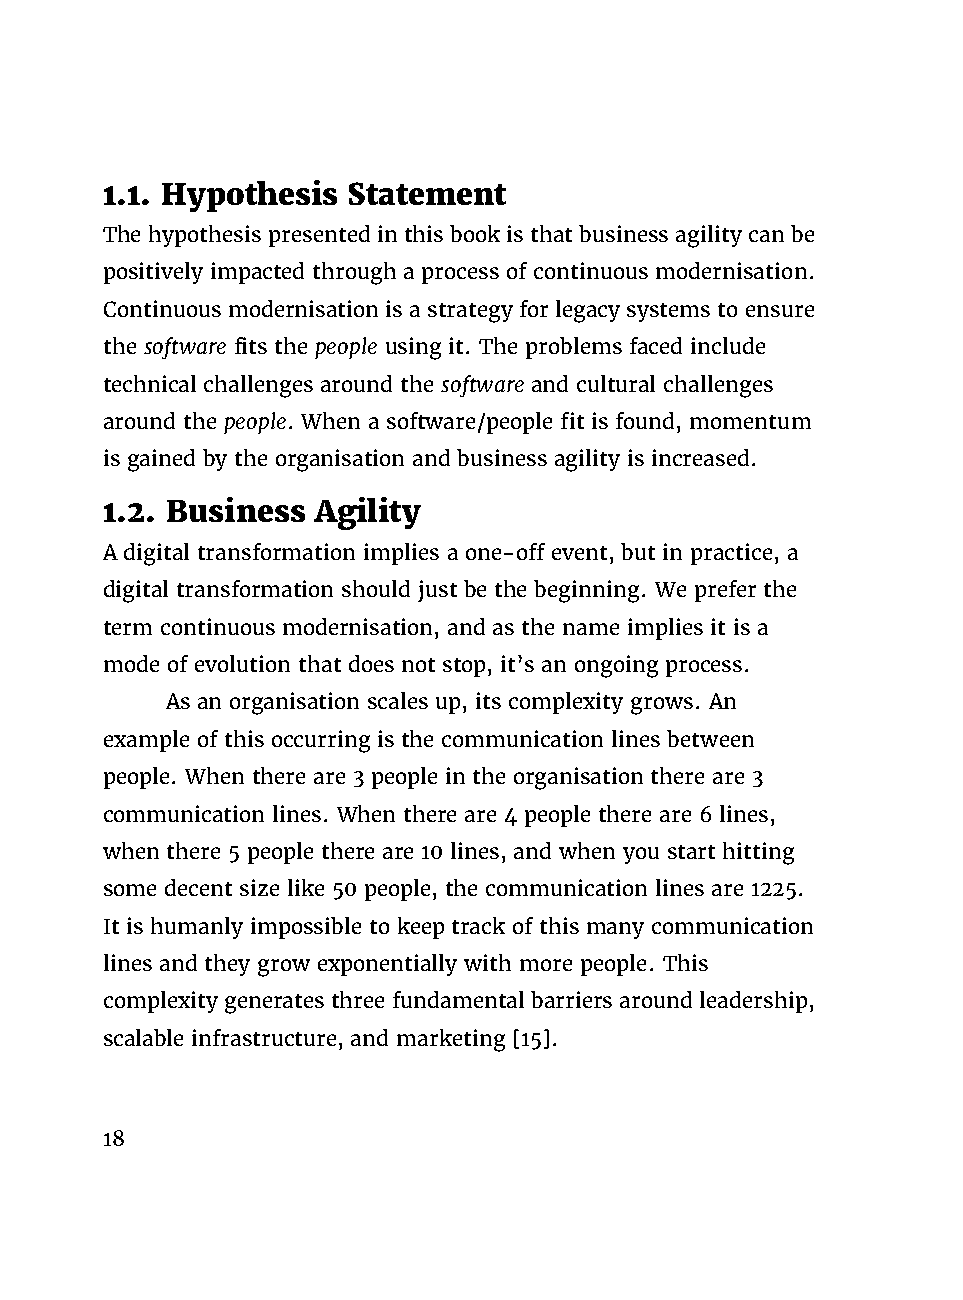
1.1. Hypothesis Statement
 The hypothesis presented in this book is that business agility can be
 positively impacted through a process of continuous modernisation.
 Continuous modernisation is a strategy for legacy systems to ensure
 the software fits the people using it. The problems faced include
 technical challenges around the software and cultural challenges
 around the people. When a software/people fit is found, momentum
 is gained by the organisation and business agility is increased.
 1.2. Business Agility
 A digital transformation implies a one-off event, but in practice, a
 digital transformation should just be the beginning. We prefer the
 term continuous modernisation, and as the name implies it is a
 mode of evolution that does not stop, it’s an ongoing process.
 As an organisation scales up, its complexity grows. An
 example of this occurring is the communication lines between
 people. When there are 3 people in the organisation there are 3
 communication lines. When there are 4 people there are 6 lines,
 when there 5 people there are 10 lines, and when you start hitting
 some decent size like 50 people, the communication lines are 1225.
 It is humanly impossible to keep track of this many communication
 lines and they grow exponentially with more people. This
 complexity generates three fundamental barriers around leadership,
 scalable infrastructure, and marketing [15].
 18